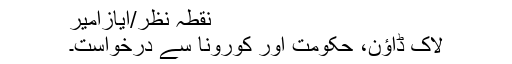
نقطہ نظر/ایازامیر
لاک ڈاؤن، حکومت اور کورونا سے درخواست۔